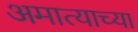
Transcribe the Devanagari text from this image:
अमात्याच्या